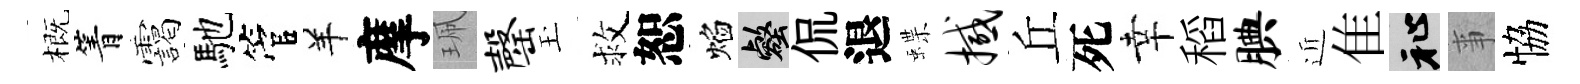
概箐靄馳管羊摩珮罄玉救恕焰壑侃退蝶撼丘死幸稻腆近隹祉亊恊